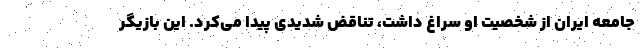
جامعه ایران از شخصیت او سراغ داشت، تناقض شدیدی پیدا می‌کرد. این بازیگر